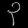
Digit: ၃